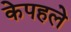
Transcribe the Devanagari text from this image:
केपहले